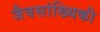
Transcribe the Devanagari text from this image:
जैवसांख्यिकी